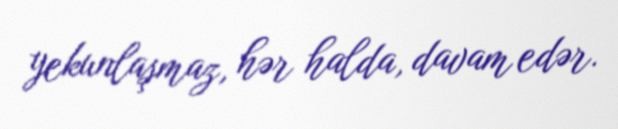
yekunlaşmaz, hər halda, davam edər.